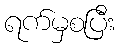
ရက်မှစပြီး